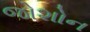
જોશોન